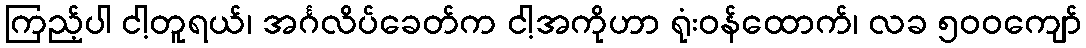
ကြည့်ပါ ငါ့တူရယ်၊ အင်္ဂလိပ်ခေတ်က ငါ့အကိုဟာ ရုံးဝန်ထောက်၊ လခ ၅၀၀ကျော်